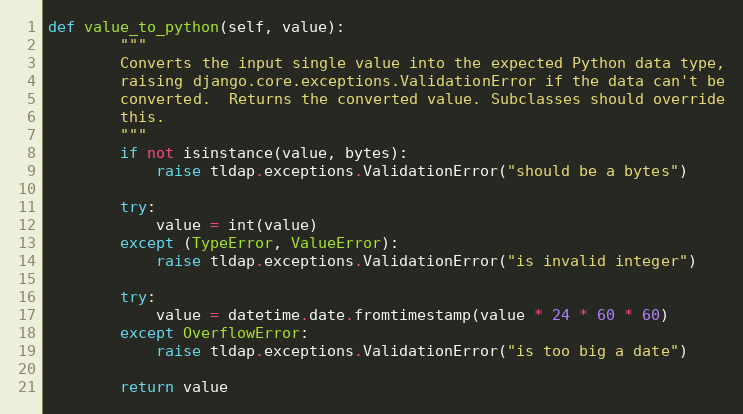
Language: Python
def value_to_python(self, value):
        """
        Converts the input single value into the expected Python data type,
        raising django.core.exceptions.ValidationError if the data can't be
        converted.  Returns the converted value. Subclasses should override
        this.
        """
        if not isinstance(value, bytes):
            raise tldap.exceptions.ValidationError("should be a bytes")

        try:
            value = int(value)
        except (TypeError, ValueError):
            raise tldap.exceptions.ValidationError("is invalid integer")

        try:
            value = datetime.date.fromtimestamp(value * 24 * 60 * 60)
        except OverflowError:
            raise tldap.exceptions.ValidationError("is too big a date")

        return value